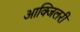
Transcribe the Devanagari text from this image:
आक्जिलरी